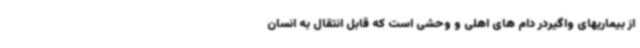
از بیماریهای واگیردر دام های اهلی و وحشی است که قابل انتقال به انسان